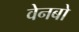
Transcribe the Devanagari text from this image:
वेनबो